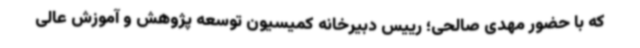
که با حضور مهدی صالحی؛ رییس دبیرخانه کمیسیون توسعه پژوهش و آموزش عالی